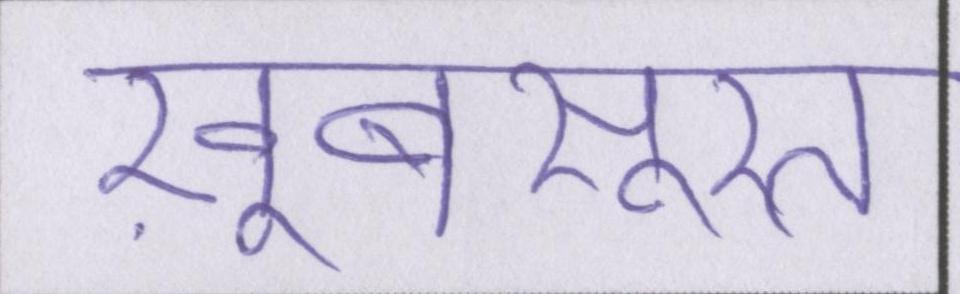
ख़ूबसूरत